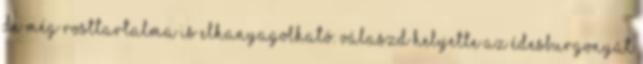
de még rosttartalma is elhanyagolható. Válaszd helyette az édesburgonyát